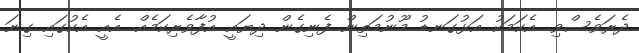
ދެރަވެސްވި. އެކަމަކު އަޅުގަނޑު މޫނުމަތިން ފެނިގެން ދިޔައީ އުފާވެރިކަމެއް. އެއީ އެކުގައި ގިނަ